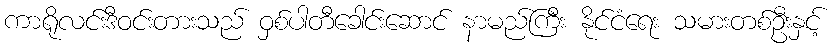
ကာရိုလင်းဒီဝင်းတားသည် ဝှစ်ပါတီခေါင်းဆောင် နာမည်ကြီး နိုင်ငံရေး သမားတစ်ဦးနှင့်